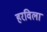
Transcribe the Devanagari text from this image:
हरविला